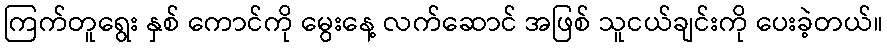
ကြက်တူရွေး နှစ် ကောင်ကို မွေးနေ့ လက်ဆောင် အဖြစ် သူငယ်ချင်းကို ပေးခဲ့တယ်။